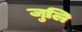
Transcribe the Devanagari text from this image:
जुलि